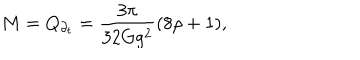
LaTeX: M = Q _ { \partial _ { t } } = \frac { 3 \pi } { 3 2 G g ^ { 2 } } ( 8 \rho + 1 ) ,